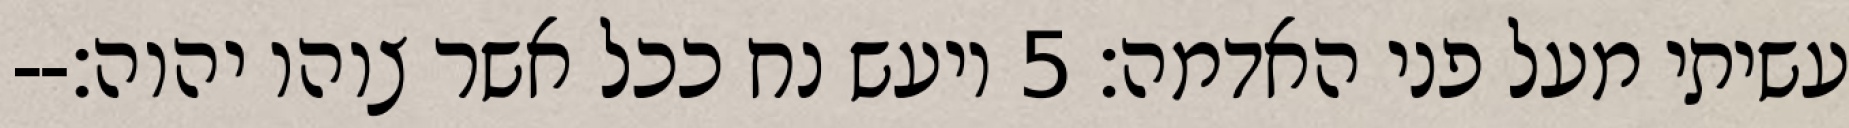
עשיתי מעל פני האדמה׃ ‎5‏ ויעש נח ככל אשר צוהו יהוה׃--